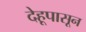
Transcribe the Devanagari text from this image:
देहूपासून